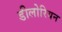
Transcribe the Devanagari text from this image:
डीलोरियन